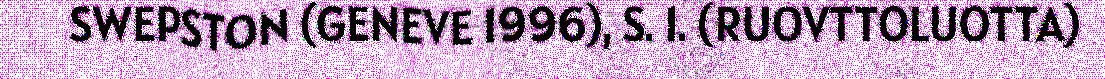
SWEPSTON (GENEVE 1996), S. 1. (RUOVTTOLUOTTA)